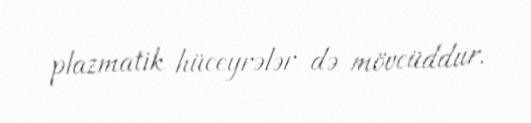
plazmatik hüceyrələr də mövcüddur.